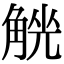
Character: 𧤄